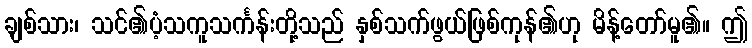
ချစ်သား၊ သင်၏ပံ့သကူသင်္ကန်းတို့သည် နှစ်သက်ဖွယ်ဖြစ်ကုန်၏ဟု မိန့်တော်မူ၏။ ဤ